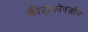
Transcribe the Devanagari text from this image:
कीटोकोनज़ोल